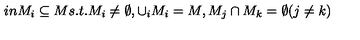
\hspace { 1 i n } M _ { i } \subseteq M s . t . M _ { i } \ne \emptyset , \cup _ { i } M _ { i } = M , M _ { j } \cap M _ { k } = \emptyset ( j \ne k )